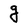
Character: g